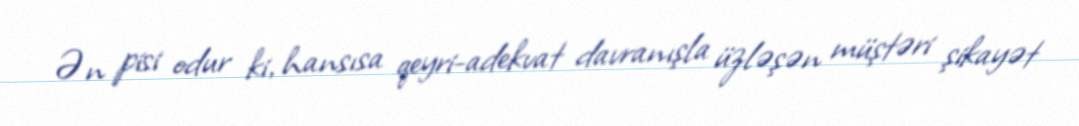
Ən pisi odur ki, hansısa qeyri-adekvat davranışla üzləşən müştəri şikayət